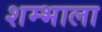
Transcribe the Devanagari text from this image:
शम्भाला